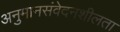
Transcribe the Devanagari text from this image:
अनुमानसंवेदनशीलता